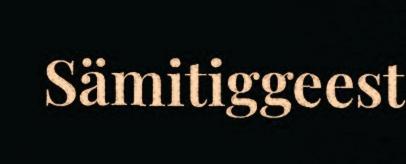
Sämitiggeest